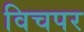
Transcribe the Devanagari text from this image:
विचपर